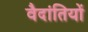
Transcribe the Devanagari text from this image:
वैदांतियों